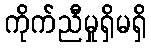
ကိုက်ညီမှုရှိမရှိ